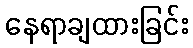
နေရာချထားခြင်း